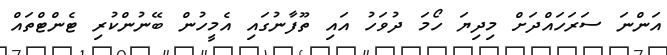
އަންނަ ސަރަހައްދަށް މިދިޔަ ހޯމަ ދުވަހު އައި ތޫފާނުގައި އެމީހުން ބޭނުންކުރި ޓެންޓްތައް